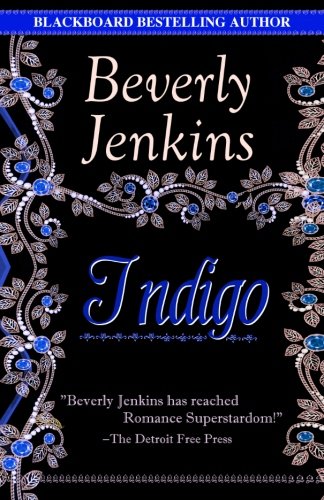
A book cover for Indigo; Beverly Jenkins; Romance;